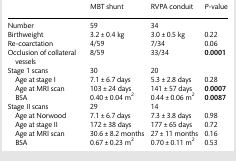
<table><thead><tr><td></td><td><b>MBT shunt</b></td><td><b>RVPA conduit</b></td><td><b><i>P-</i>value</b></td></tr></thead><tbody><tr><td>Number</td><td>59</td><td>34</td><td></td></tr><tr><td>Birthweight</td><td>3.2 ± 0.4 kg</td><td>3.0 ± 0.5 kg</td><td>0.22</td></tr><tr><td>Re-coarctation</td><td>4/59</td><td>7/34</td><td>0.06</td></tr><tr><td>Occlusion of collateral vessels</td><td>8/59</td><td>33/34</td><td><b>0.0001</b></td></tr><tr><td>Stage 1 scans</td><td>30</td><td>20</td><td></td></tr><tr><td> Age at stage I</td><td>7.1 ± 6.7 days</td><td>5.3 ± 2.8 days</td><td>0.28</td></tr><tr><td> Age at MRI scan</td><td>103 ± 24 days</td><td>141 ± 57 days</td><td><b>0</b>.<b>0007</b></td></tr><tr><td> BSA</td><td>0.40 ± 0.04 m<sup>2</sup></td><td>0.44 ± 0.06 m<sup>2</sup></td><td><b>0</b>.<b>0087</b></td></tr><tr><td>Stage II scans</td><td>29</td><td>14</td><td></td></tr><tr><td> Age at Norwood</td><td>7.1 ± 6.7 days</td><td>7.3 ± 3.8 days</td><td>0.98</td></tr><tr><td> Age at stage II</td><td>172 ± 38 days</td><td>177 ± 65 days</td><td>0.72</td></tr><tr><td> Age at MRI scan</td><td>30.6 ± 8.2 months</td><td>27 ± 11 months</td><td>0.16</td></tr><tr><td> BSA</td><td>0.67 ± 0.23 m<sup>2</sup></td><td>0.70 ± 0.11 m<sup>2</sup></td><td>0.53</td></tr></tbody></table>